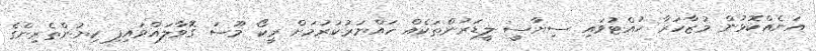
އަނެއްކޮޅުން މުޒާހަރާ ހުއްޓުވައި ސިޔާސީ ލީޑަރުންތަކެއް ހައްޔަރުކުރުމަށް ރީކޯ މޫސަ ގޮވާލައްވައިފި ކިޔުންތެރިންގެ